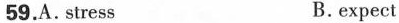
59,A.stress B. ex'pect